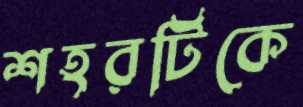
শহরটিকে